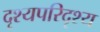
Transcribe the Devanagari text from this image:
दृश्यपरिदृश्य